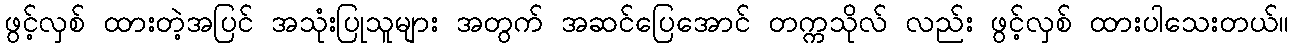
ဖွင့်လှစ် ထားတဲ့အပြင် အသုံးပြုသူများ အတွက် အဆင်ပြေအောင် တက္ကသိုလ် လည်း ဖွင့်လှစ် ထားပါသေးတယ်။